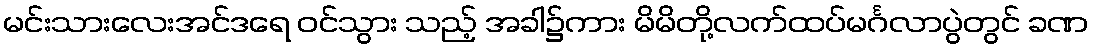
မင်းသားလေးအင်ဒရေ ဝင်သွား သည့် အခါ၌ကား မိမိတို့လက်ထပ်မင်္ဂလာပွဲတွင် ခဏ